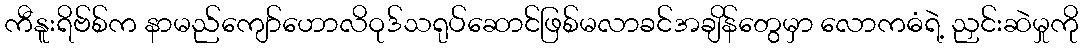
ကီနူးရိဗ်စ်က နာမည်ကျော်ဟောလိဝုဒ်သရုပ်ဆောင်ဖြစ်မလာခင်အချိန်တွေမှာ လောကဓံရဲ့ ညှင်းဆဲမှုကို